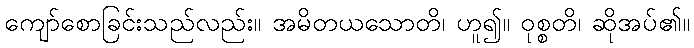
ကျော်စောခြင်းသည်လည်း။ အမိတယသောတိ၊ ဟူ၍။ ဝုစ္စတိ၊ ဆိုအပ်၏။